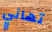
تهاني